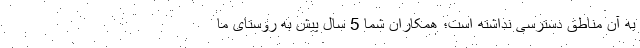
به آن مناطق دسترسی نداشته است؛ همکاران شما 5 سال پیش به روستای ما